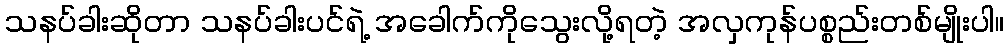
သနပ်ခါးဆိုတာ သနပ်ခါးပင်ရဲ့ အခေါက်ကိုသွေးလို့ရတဲ့ အလှကုန်ပစ္စည်းတစ်မျိုးပါ။